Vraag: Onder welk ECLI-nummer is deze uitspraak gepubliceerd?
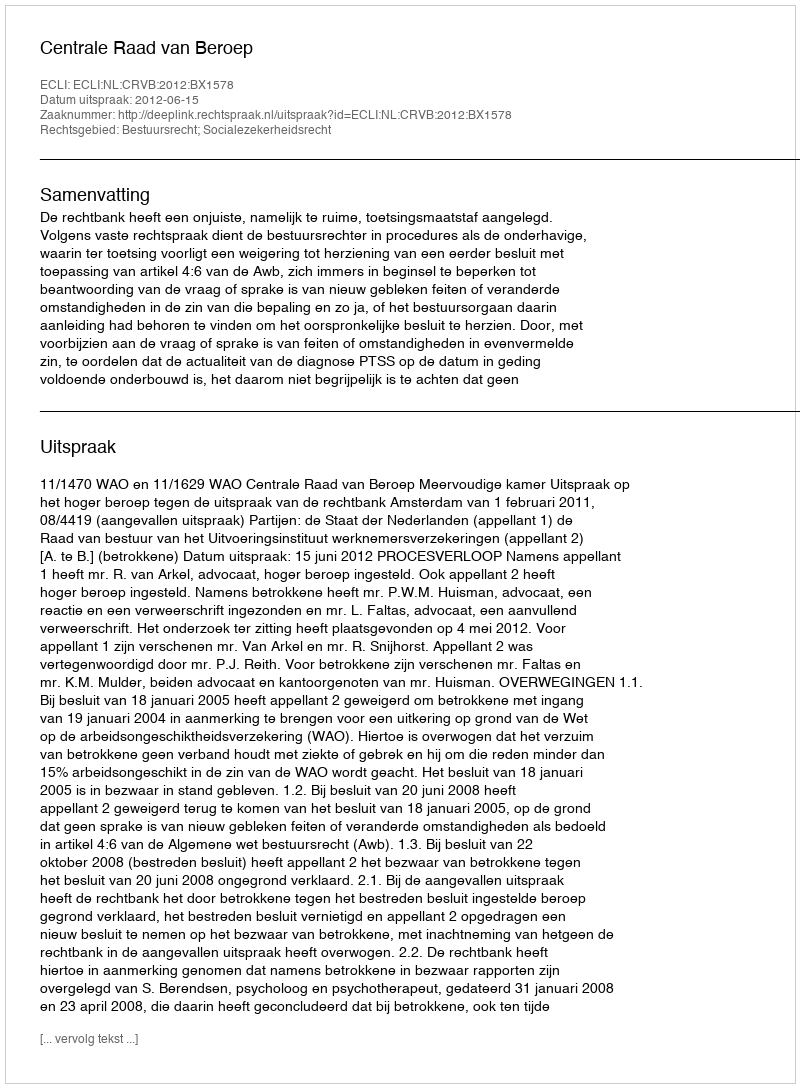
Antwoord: ECLI:NL:CRVB:2012:BX1578